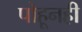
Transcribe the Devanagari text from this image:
पोहूनही